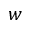
w